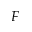
F